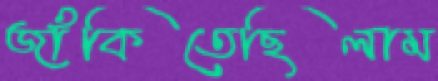
জাঁকিতেছিলাম